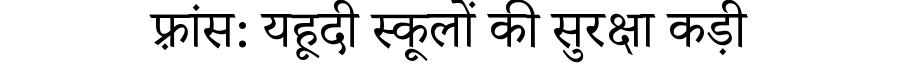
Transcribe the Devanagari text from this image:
फ़्रांस: यहूदी स्कूलों की सुरक्षा कड़ी